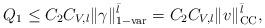
LaTeX: \begin{align*}Q_1\leq C_2 C_{V,l}\|\gamma\|_{1-\rm var}^{\bar{l}}=C_2C_{V,l}\|v\|_{\textsc{CC}}^{\bar{l}},\end{align*}